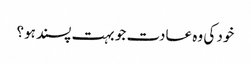
خود کی وہ عادت جو بہت پسند ہو؟